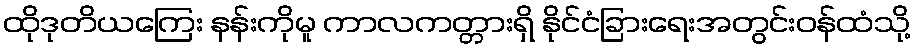
ထိုဒုတိယကြေး နန်းကိုမူ ကာလကတ္တားရှိ နိုင်ငံခြားရေးအတွင်းဝန်ထံသို့